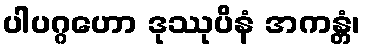
ပါပဂ္ဂဟော ဒုဿုပိနံ အကန္တံ၊